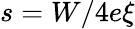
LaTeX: s=W/4e\xi